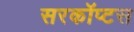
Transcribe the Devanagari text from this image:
सरकॉप्टस